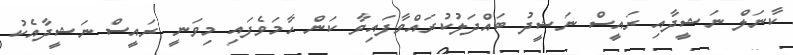
ކާނަލް ނަޝީދާއި ރައީސް ނަޝީދު ބައްދަލުކުރައްވާފައިވާ ކަން ހާމަވެފައި މިވަނީ ރައީސް ނަޝީދާއެކު